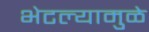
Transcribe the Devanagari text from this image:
भेटल्यामुळे